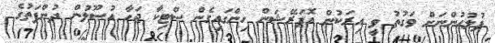
ފުލުހުންނަށް ވަގުތު ވީ އިރަކުން އޮޕަރޭޝަން ހިންގައިގެން ސްޓިކާ ޖަހާ އުސޫލުން ދުންފަތުގެ